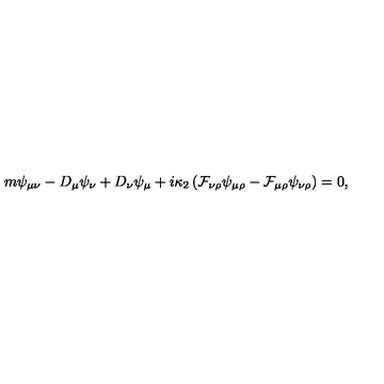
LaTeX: m \psi _ { \mu \nu } - D _ { \mu } \psi _ { \nu } + D _ { \nu } \psi _ { \mu } + i \kappa _ { 2 } \left( \mathcal { F } _ { \nu \rho } \psi _ { \mu \rho } - \mathcal { F } _ { \mu \rho } \psi _ { \nu \rho } \right) = 0 ,